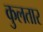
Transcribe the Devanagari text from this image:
कुलतार